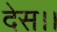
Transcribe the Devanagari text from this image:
देस।।